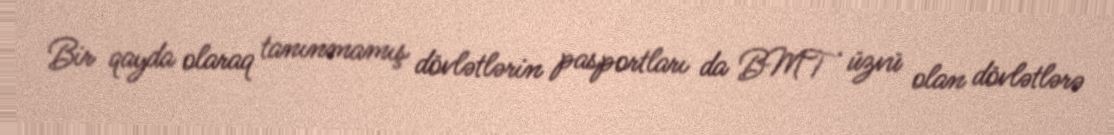
Bir qayda olaraq tanınmamış dövlətlərin pasportları da BMT üzvü olan dövlətlərə